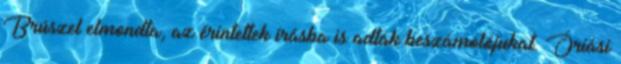
Brúszel elmondta, az érintettek írásba is adták beszámolójukat. Óriási